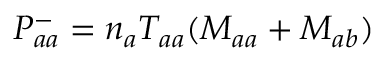
P _ { a a } ^ { - } = n _ { a } T _ { a a } ( M _ { a a } + M _ { a b } )